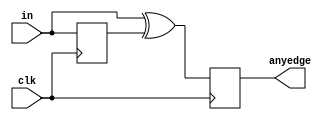
module top_module (
    input clk,
    input [7:0] in,
    output reg [7:0] anyedge
);

    reg [7:0] in_reg;

    always @(posedge clk) begin
        in_reg <= in;
        anyedge <= ({in[7], in[6], in[5], in[4], in[3], in[2], in[1], in[0]} ^ in_reg);
    end

endmodule